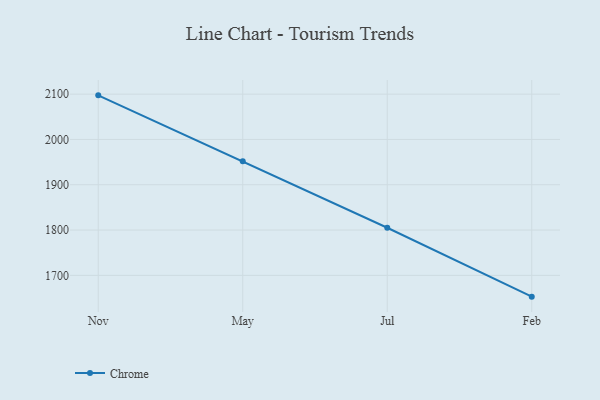
{"axis": {"x": "Month", "y": "Humidity (%)"}, "legend": ["Chrome"], "data": [{"x": "Nov", "y": 2097.3, "type": "Chrome"}, {"x": "May", "y": 1951.6, "type": "Chrome"}, {"x": "Jul", "y": 1805.0, "type": "Chrome"}, {"x": "Feb", "y": 1653.0, "type": "Chrome"}]}